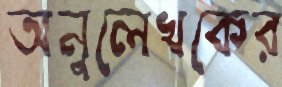
অনুলেখকের